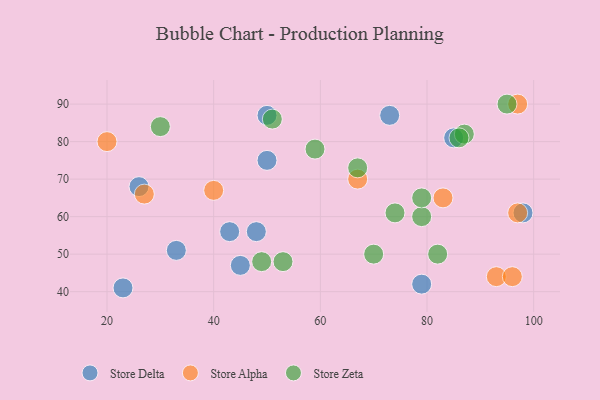
{"axis": {"x": "GDP", "y": "Life Expectancy"}, "legend": ["Store Alpha", "Store Delta", "Store Zeta"], "data": [{"x": "26", "y": 68, "type": "Store Delta"}, {"x": "50", "y": 75, "type": "Store Delta"}, {"x": "45", "y": 47, "type": "Store Delta"}, {"x": "98", "y": 61, "type": "Store Delta"}, {"x": "23", "y": 41, "type": "Store Delta"}, {"x": "85", "y": 81, "type": "Store Delta"}, {"x": "73", "y": 87, "type": "Store Delta"}, {"x": "33", "y": 51, "type": "Store Delta"}, {"x": "43", "y": 56, "type": "Store Delta"}, {"x": "48", "y": 56, "type": "Store Delta"}, {"x": "50", "y": 87, "type": "Store Delta"}, {"x": "79", "y": 42, "type": "Store Delta"}, {"x": "27", "y": 66, "type": "Store Alpha"}, {"x": "40", "y": 67, "type": "Store Alpha"}, {"x": "97", "y": 90, "type": "Store Alpha"}, {"x": "97", "y": 61, "type": "Store Alpha"}, {"x": "20", "y": 80, "type": "Store Alpha"}, {"x": "67", "y": 70, "type": "Store Alpha"}, {"x": "93", "y": 44, "type": "Store Alpha"}, {"x": "83", "y": 65, "type": "Store Alpha"}, {"x": "96", "y": 44, "type": "Store Alpha"}, {"x": "95", "y": 90, "type": "Store Zeta"}, {"x": "30", "y": 84, "type": "Store Zeta"}, {"x": "51", "y": 86, "type": "Store Zeta"}, {"x": "79", "y": 60, "type": "Store Zeta"}, {"x": "87", "y": 82, "type": "Store Zeta"}, {"x": "67", "y": 73, "type": "Store Zeta"}, {"x": "49", "y": 48, "type": "Store Zeta"}, {"x": "70", "y": 50, "type": "Store Zeta"}, {"x": "59", "y": 78, "type": "Store Zeta"}, {"x": "79", "y": 65, "type": "Store Zeta"}, {"x": "74", "y": 61, "type": "Store Zeta"}, {"x": "53", "y": 48, "type": "Store Zeta"}, {"x": "82", "y": 50, "type": "Store Zeta"}, {"x": "86", "y": 81, "type": "Store Zeta"}]}